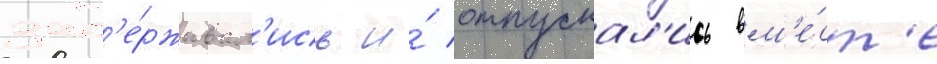
зад'е́рживал'ись и́ отпускал'ись вм'е́ст'е